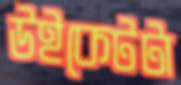
উইকেটটা